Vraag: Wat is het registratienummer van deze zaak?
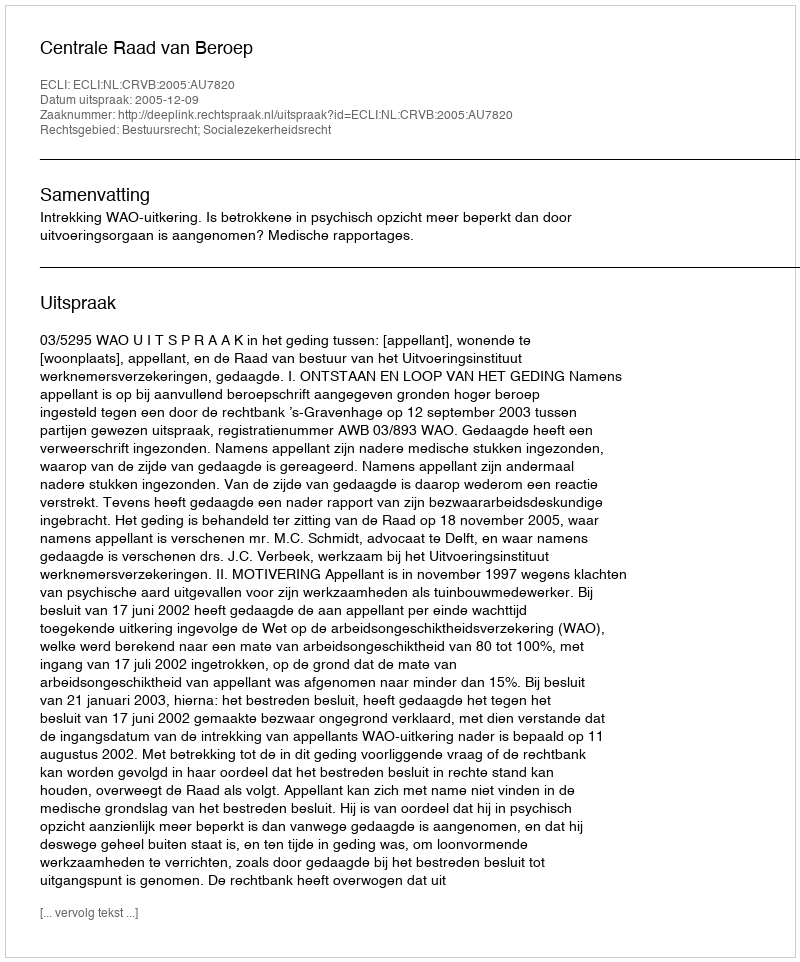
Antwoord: http://deeplink.rechtspraak.nl/uitspraak?id=ECLI:NL:CRVB:2005:AU7820